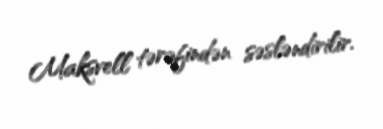
Maksvell tərəfindən səsləndirilir.